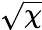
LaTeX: \sqrt{\chi}